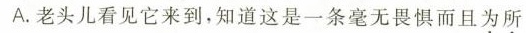
A.老头儿看见它来到，知道这是一条毫无畏惧而且为所